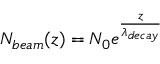
N _ { b e a m } ( z ) = N _ { 0 } e ^ { \frac { z } { \lambda _ { d e c a y } } }